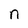
Character: n